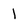
Character: 1